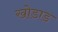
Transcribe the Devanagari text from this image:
खोडाड